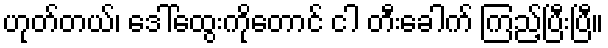
ဟုတ်တယ်၊ ဒေါ်ထွေးကိုတောင် ငါ တီးခေါက် ကြည့်ပြီးပြီ။